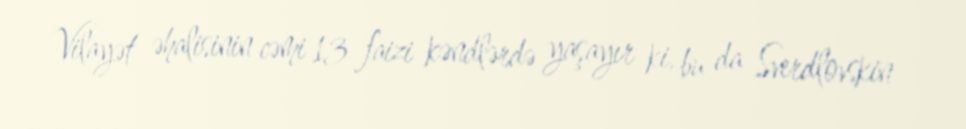
Vilayət əhalisinin cəmi 13 faizi kəndlərdə yaşayır ki, bu da Sverdlovskin